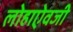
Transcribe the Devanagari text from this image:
लोहाऐवजी